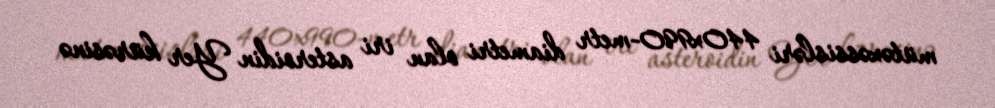
mütəxəssisləri 440x990-metr diametri olan iri asteroidin Yer kürəsinə